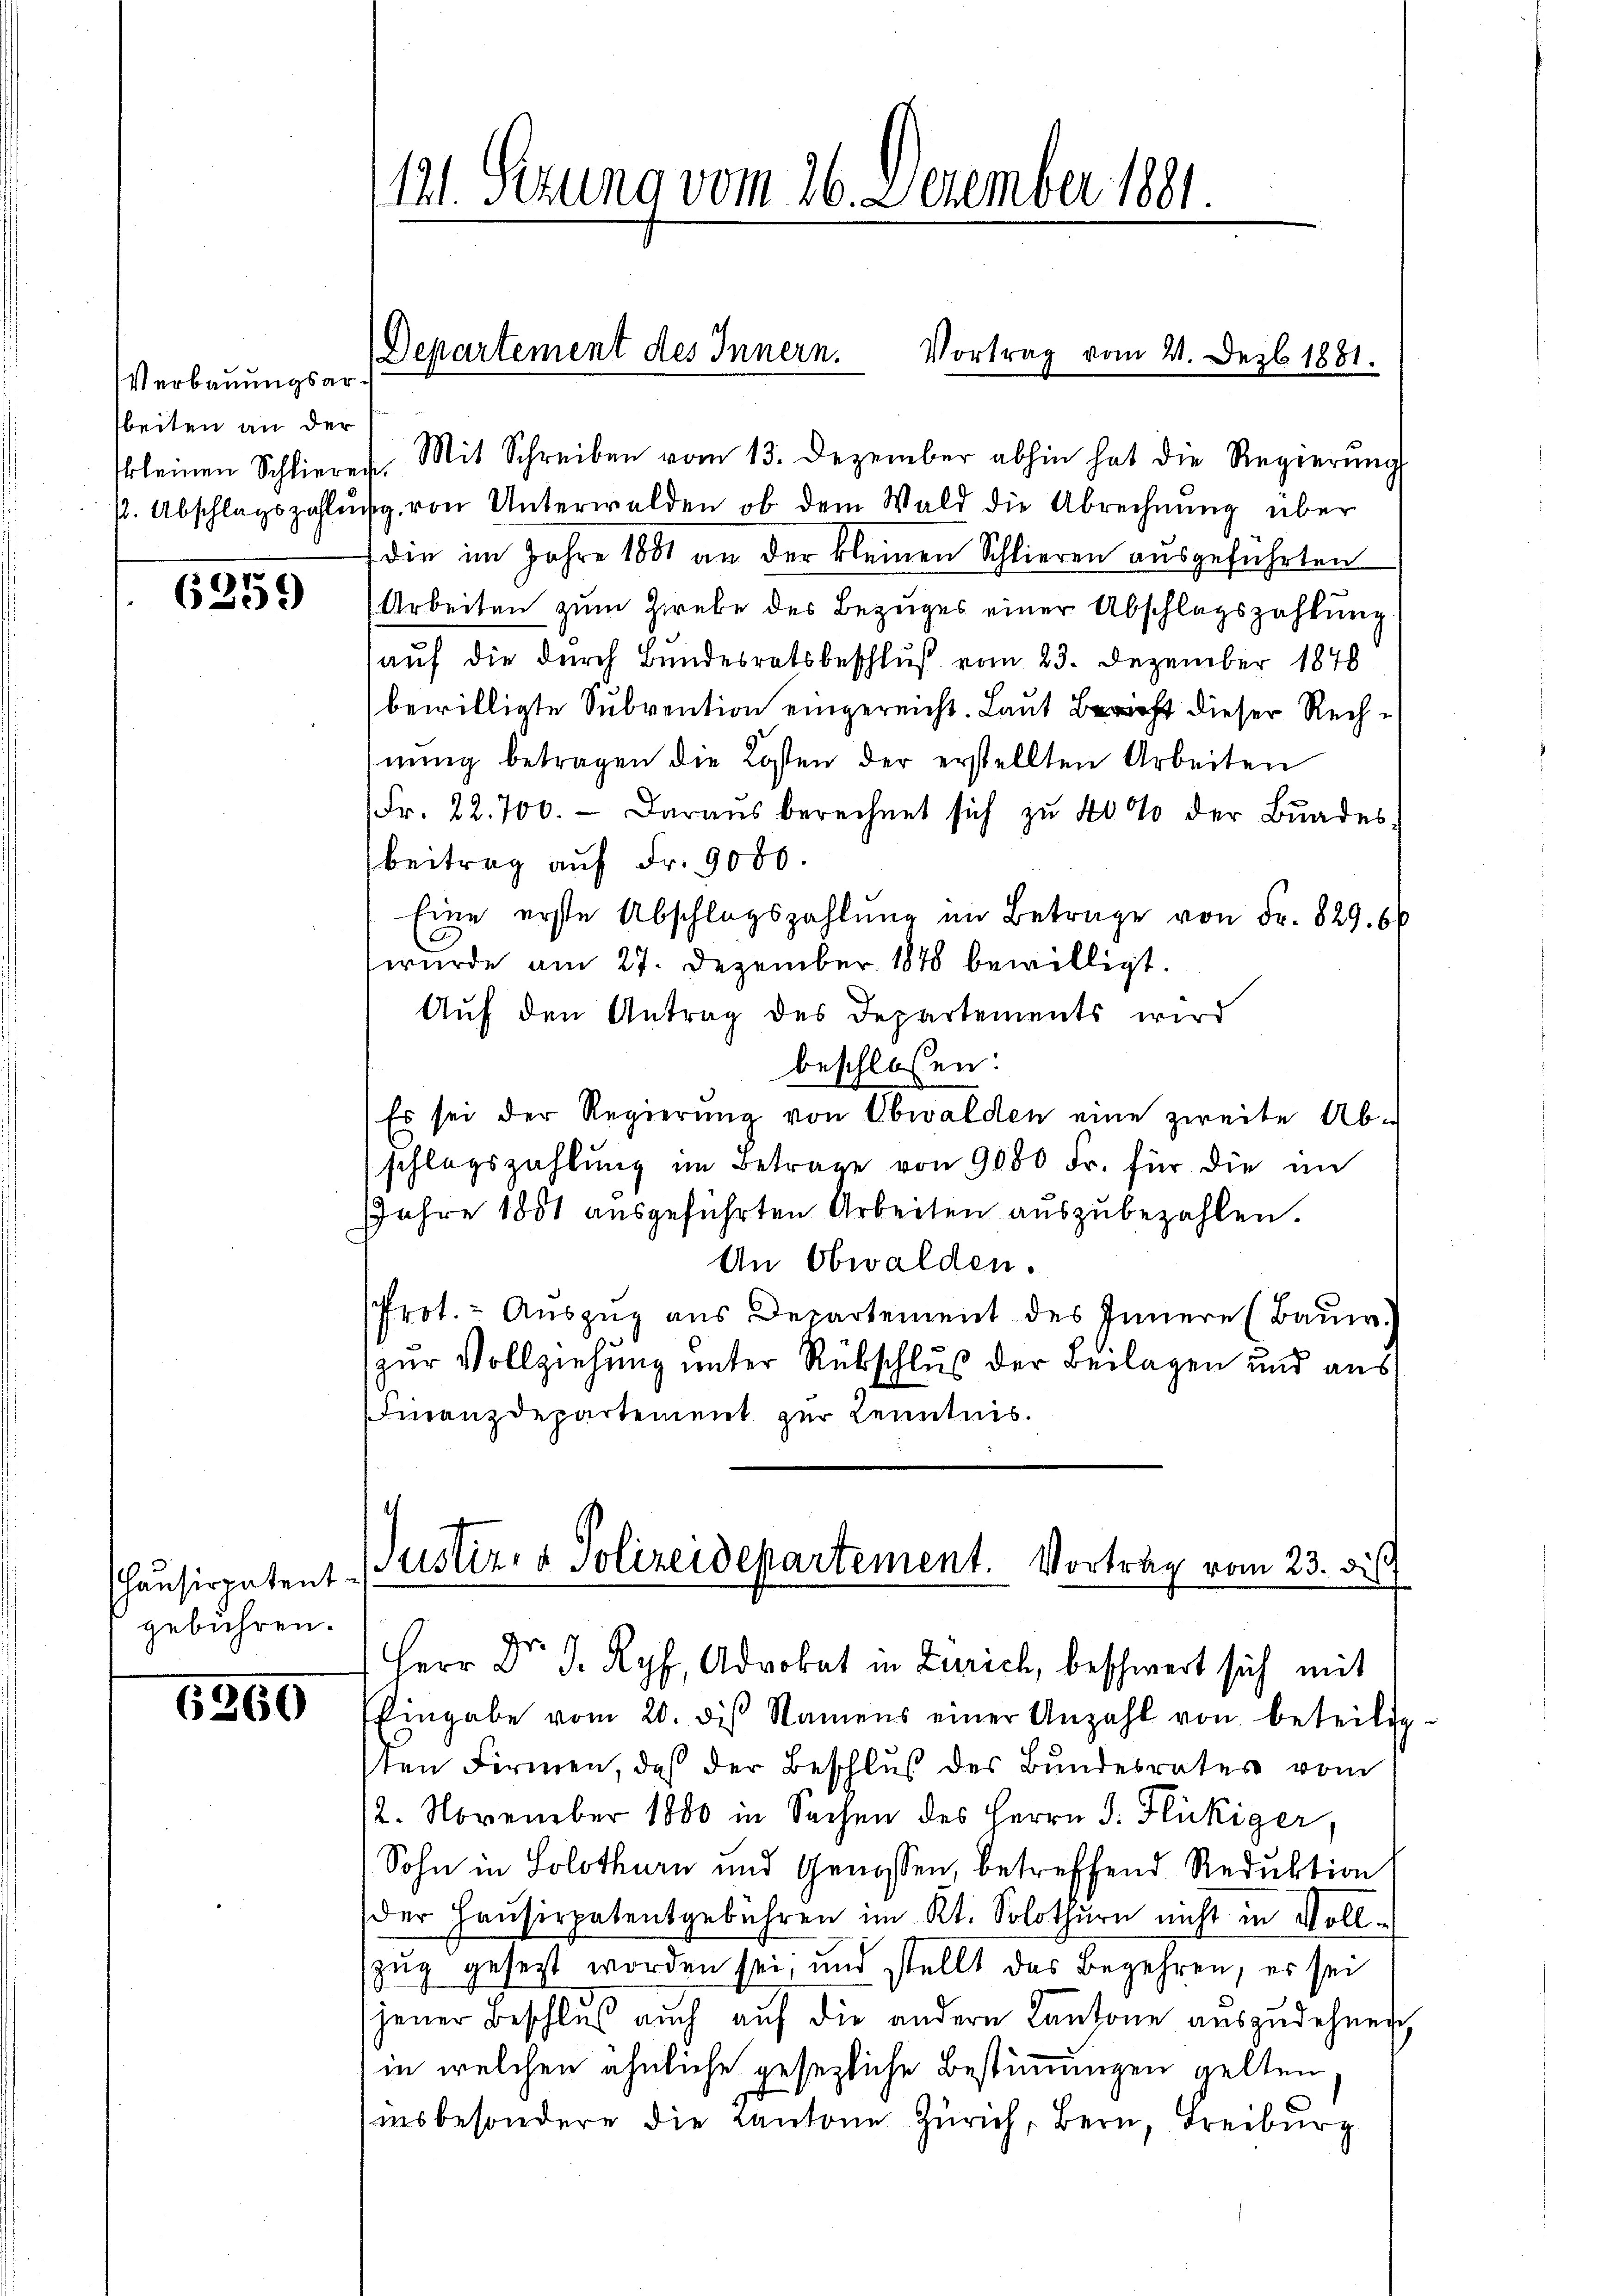
Verbauungsarbeiten an der

6259)

Chausirpatent-
gebühren.

6260

skleinen Schlieren. Mit Schreiben vom 13. Dezember abhin hat die Regierŭng
p. Abschlagszahlŭng von Unterwalden, ob dem Wald die Abrechnŭng über
die im Jahre 1881 an der kleinen Schlieren ausgeführten
Arbeiten zum Zweke des Bezuges einer Abschlagszahlung
auf die durch Bundesratsbeschluß vom 23. Dezember 1848
bewilligte Subvention eingereicht. Laut Bericht dieser Rechnŭng betragen die Kosten der erstellten Arbeiten
Fr. 22. 700. - Daraus berechnet sich zu 40% der Bŭndes-
beitrag aŭf Fr. 9000.
Eine erste Abschlagszahlung im Betrage von Fr. 829. 66
wurde am 27. Dezember 1878 bewilligt.
Auf den Antrag des Departements wird
beschlossen:
Es sei der Regierung von Obwalden eine zweite Ab-
schlagszahlŭng im Betrage von 9000 Fr. für die im
Jahre 1851 ausgeführten Arbeiten auszubezahlen.
An Obwalden.
Prot. - Auszug aus Departement des Innern (Baum.
zur Vollziehung unter Rübschluß der Beilagen und aus
Finanzdepartement zur Kenntnis.

1121. Sezung vom 26. Dezember 1881

Departement des Innern.
Vortrag vom 21. Dezb. 1881.

Justiz- & Polizeidepartement. Vortrag vom 23. di
Herr Dr J. Ryf, Advokat in Zürich, beschwert sich mit
Eingabe vom 20. des Namens einer Anzahl von beteilig-

sten Firmen, daß der Beschluß des Bundesrates vom
12. November 1800 in Sachen des Herrn J. Flückiger,
Sohn in Solothurn und Genossen, betreffend Reduktion
der Hausirpatentgebühren im Kt. Solothurn nicht in Voll-
zug gesezt worden sei, und stellt das Begehren, es sei
jener Beschluß auch auf die andern Kantone auszudehnen,
in welchen ähnliche gesezliche Bestimmungen gelten
insbesondere die Cantone Zürich, Bern, Freiburg